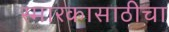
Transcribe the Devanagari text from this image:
स्मारकासाठीचा